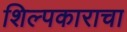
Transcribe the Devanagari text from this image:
शिल्पकाराचा